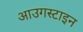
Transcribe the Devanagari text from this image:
आउगस्टाइन